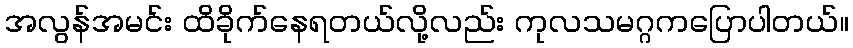
အလွန်အမင်း ထိခိုက်နေရတယ်လို့လည်း ကုလသမဂ္ဂကပြောပါတယ်။